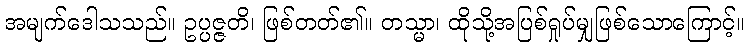
အမျက်ဒေါသသည်။ ဥပ္ပဇ္ဇတိ၊ ဖြစ်တတ်၏။ တသ္မာ၊ ထိုသို့အပြစ်ရှုပ်မျှဖြစ်သောကြောင့်။